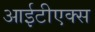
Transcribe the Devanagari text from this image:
आईटीएक्स